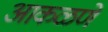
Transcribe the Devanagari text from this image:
आकळणे